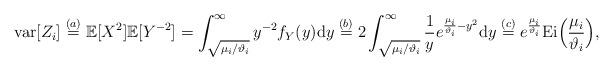
LaTeX: \begin{align*}\mathrm{var}[Z_i]&\stackrel{(a)}{=}\mathbb{E}[X^2]\mathbb{E}[Y^{-2}]=\int_{\sqrt{\mu_i/\vartheta_i}}^{\infty}y^{-2}f_Y(y)\mathrm{d}y\stackrel{(b)}{=}2\int_{\sqrt{\mu_i/\vartheta_i}}^{\infty}\frac{1}{y} e^{\frac{\mu_i}{\vartheta_i}-y^2}\mathrm{d}y\stackrel{(c)}{=}e^{\frac{\mu_i}{\vartheta_i}} \mathrm{Ei}\Big(\frac{\mu_i}{\vartheta_i}\Big), \end{align*}